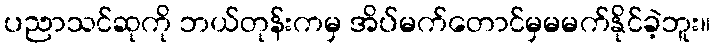
ပညာသင်ဆုကို ဘယ်တုန်းကမှ အိပ်မက်တောင်မှမမက်နိုင်ခဲ့ဘူး။